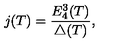
j ( T ) = \frac { E _ { 4 } ^ { 3 } ( T ) } { \triangle ( T ) } ,